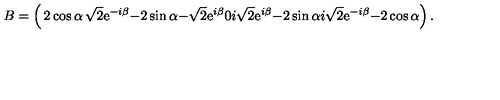
B = \left( \begin{matrix} { 2 \cos \alpha } & { \sqrt { 2 } \mathrm { e } ^ { - i \beta } } & { - 2 \sin \alpha } \\ { - \sqrt { 2 } \mathrm { e } ^ { i \beta } } & { 0 } & { i \sqrt { 2 } \mathrm { e } ^ { i \beta } } \\ { - 2 \sin \alpha } & { i \sqrt { 2 } \mathrm { e } ^ { - i \beta } } & { - 2 \cos \alpha } \\ \end{matrix} \right) .